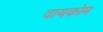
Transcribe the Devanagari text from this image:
वायकोम